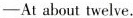
—At about twelve.